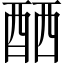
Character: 𨠴